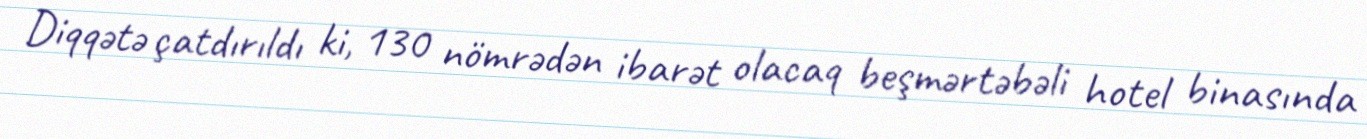
Diqqətə çatdırıldı ki, 130 nömrədən ibarət olacaq beşmərtəbəli hotel binasında